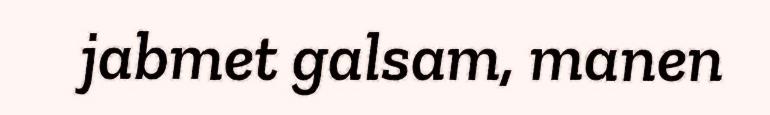
jabmet galsam, manen